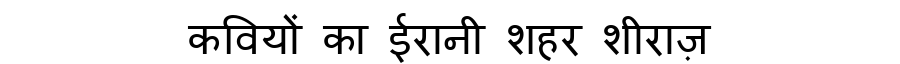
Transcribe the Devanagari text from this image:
कवियों का ईरानी शहर शीराज़